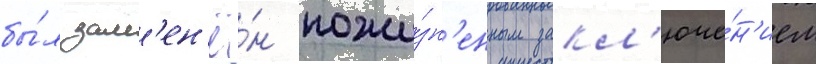
бы́л зам'ен'ё́н пожи́зн'енным закл'юче́н'ием